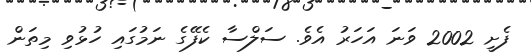
ފެށީ 2002 ވަނަ އަހަރު އެވެ. ސަލްސާ ކެފޭގެ ނަމުގައި ހުޅުވި މިތަން